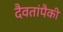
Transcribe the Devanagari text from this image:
दैवतांपैकी